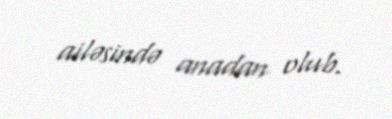
ailəsində anadan olub.